Civil Veterinary Dept. North-West Frontier Province 1933-46 - 1933-1946
Year: 1933
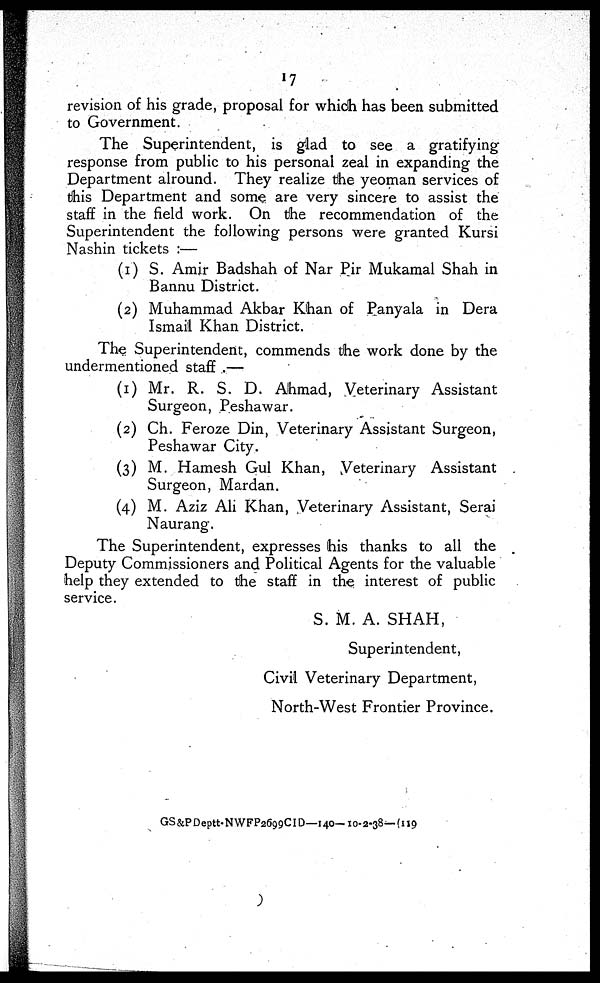
17
revision of his grade, proposal for which has been submitted
to Government.
The Superintendent, is glad to see a gratifying
response from public to his personal zeal in expanding the
Department alround. They realize the yeoman services of
this Department and some are very sincere to assist the
staff in the field work. On the recommendation of the
Superintendent the following persons were granted Kursi
Nashin tickets :—
(1) S. Amir Badshah of Nar Pir Mukamal Shah in
Bannu District.
(2) Muhammad Akbar Khan of Panyala in Dera
Ismail Khan District.
The Superintendent, commends the work done by the
undermentioned staff .—
(1) Mr. R. S. D. Ahmad, Veterinary Assistant
Surgeon, Peshawar.
(2) Ch. Feroze Din, Veterinary Assistant Surgeon,
Peshawar City.
(3) M. Hamesh Gul Khan, Veterinary Assistant
Surgeon, Mardan.
(4) M. Aziz Ali Khan, Veterinary Assistant, Serai
Naurang.
The Superintendent, expresses his thanks to all the
Deputy Commissioners and Political Agents for the valuable
help they extended to the staff in the interest of public
service.
S. M. A. SHAH,
Superintendent,
Civil Veterinary Department,
North-West Frontier Province.
GS&PDeptt-NWFP2699ClD—140—10-2-38—{119